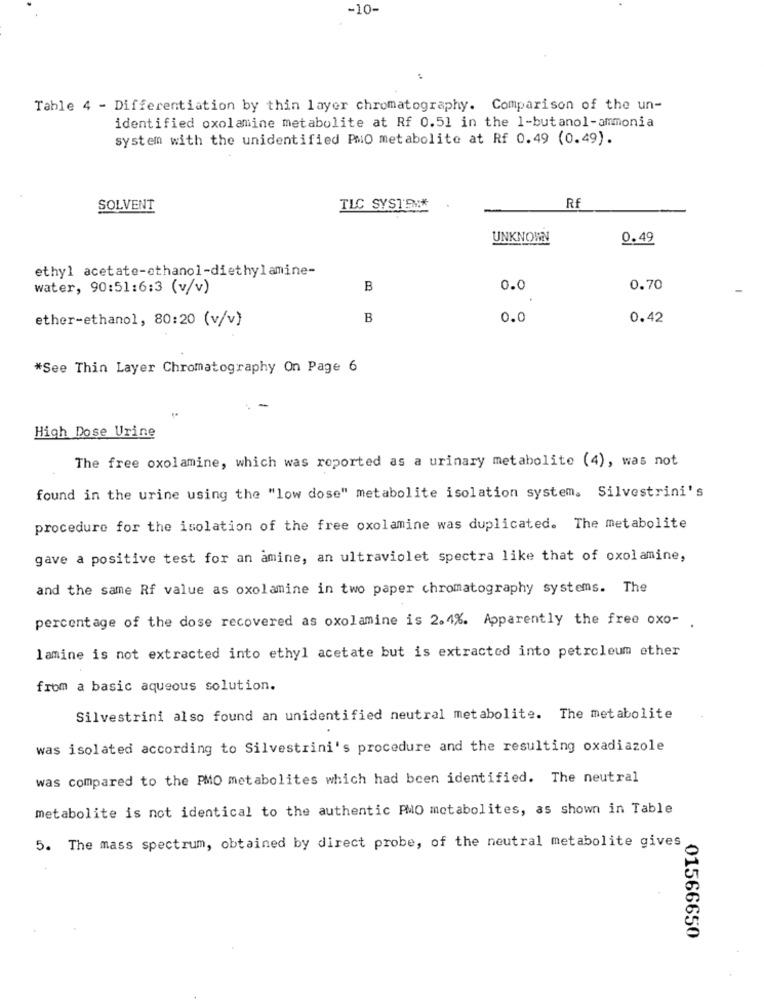
-10-
Table 4 - Differentiation by thin layer chromatography. Comparison of the un-
identified oxolamine metabolite at Rf 0.51 in the 1-butanol-ammonia
system with the unidentified PMO metabolite at Rf 0.49 (0.49).
SOLVENT
TLC SYSTEM
Rf
UNKNOWN
0.49
ethyl acetate-ethanol-diethylamine-
water, 90:51:6:3 (v/v)
B
0.0
0.70
ether-ethanol, 80:20 (v/v)
B
0.0
0.42
*See Thin Layer Chromatography On Page 6
High Dose Urine
The free oxolamine, which was reported as a urinary metabolite (4), was not
found in the urine using the "low dose" metabolite isolation system, Silvestrini's
procedure for the isolation of the free oxolamine was duplicated. The metabolite
gave a positive test for an amine, an ultraviolet spectra like that of oxolamine,
and the same Rf value as oxolamine in two paper chromatography systems. The
percentage of the dose recovered as oxolamine is 2.4%. Apparently the free oxo- .
lamine is not extracted into ethyl acetate but is extracted into petroleum ether
from a basic aqueous solution.
Silvestrini also found an unidentified neutral metabolite. The metabolite
was isolated according to Silvestrini's procedure and the resulting oxadiazole
was compared to the PMO metabolites which had been identified. The neutral
metabolite is not identical to the authentic PMO metabolites, as shown in Table
5. The mass spectrum, obtained by direct probe, of the neutral metabolite gives
01566650